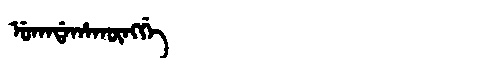
Manchu: ᡠᡴᠠᡩᠠᡥᠠᡴᡡᠩᡤᡝ
Romanization: UKADAHAKŪNGGE